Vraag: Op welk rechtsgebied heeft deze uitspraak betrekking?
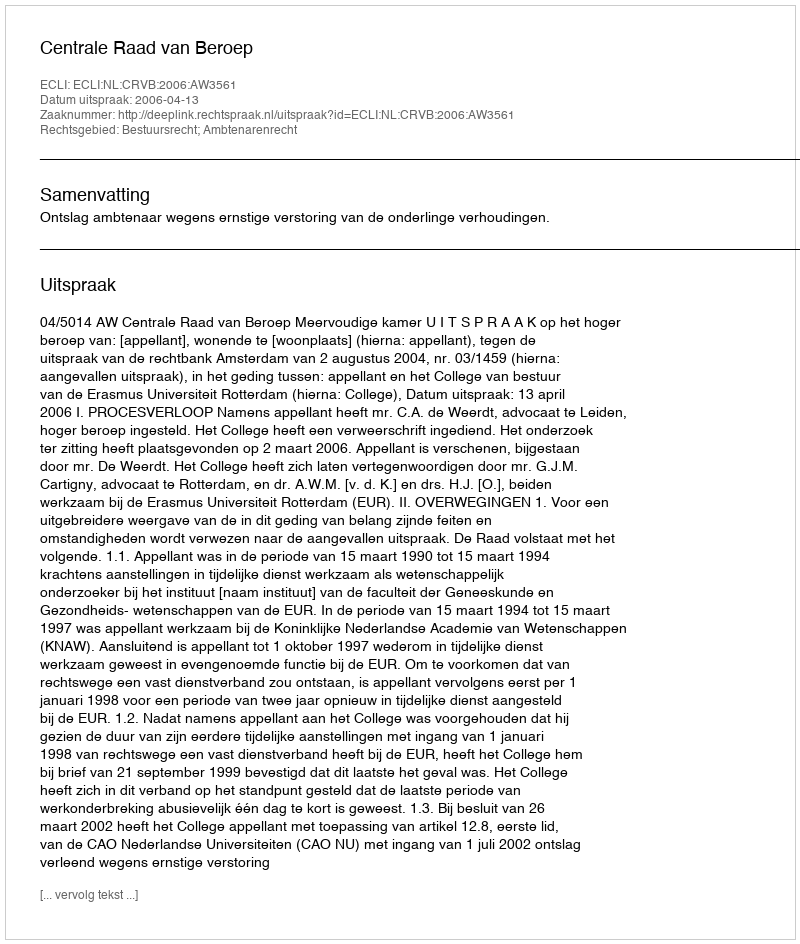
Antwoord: Bestuursrecht; Ambtenarenrecht